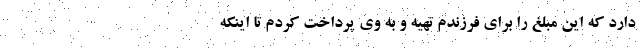
دارد که این مبلغ را برای فرزندم تهیه و به وی پرداخت کردم تا اینکه